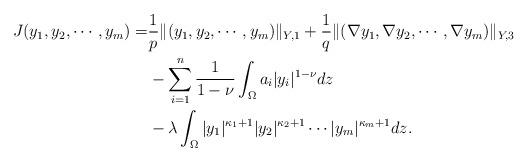
LaTeX: \begin{align*} J(y_1, y_2, \cdots, y_m) =&\frac{1}{p}\|(y_1, y_2, \cdots, y_m )\|_{Y,1} + \frac{1}{q} \| (\nabla y_1, \nabla y_2, \cdots,\nabla y_m )\|_{Y,3} \\ &- \sum_{i = 1}^{n} \frac{1}{1 - \nu}\int_{\Omega}a_i\vert y_i\vert^{1 - \nu}dz\\ &- \lambda\int_{\Omega}\vert y_1\vert^{\kappa_1 + 1} \vert y_2\vert^{\kappa_2 + 1}\cdots \vert y_m\vert^{\kappa_m + 1}dz.\end{align*}